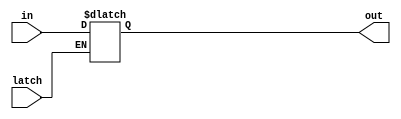
module latcher(
  latch,
  in,
  out
);

input latch;
input [15:0] in;
output [15:0] out;

reg [15:0] out;

initial out<=0;

always @(*) begin
  if(~latch)
    out<=in;
end

endmodule //